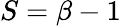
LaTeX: S=\beta-1